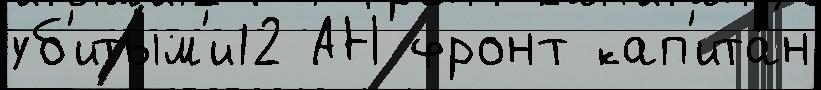
уб'итым'и12 АН фронт кап'ита́н